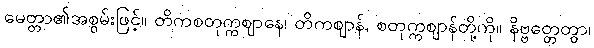
မေတ္တာ၏အစွမ်းဖြင့်။ တိကစတုက္ကဈာနေ၊ တိကဈာန်, စတုက္ကဈာန်တို့ကို။ နိဗ္ဗတ္တေတွာ၊